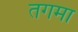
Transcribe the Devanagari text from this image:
तगमा